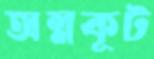
অন্নকূট